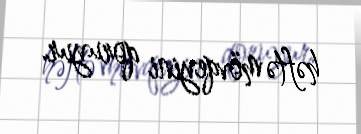
həftə mövqeyini qoruyur.